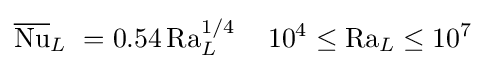
{\overline {\mathrm {Nu} }}_{L}\ =0.54\,\mathrm {Ra} _{L}^{1/4}\,\quad 10^{4}\leq \mathrm {Ra} _{L}\leq 10^{7}